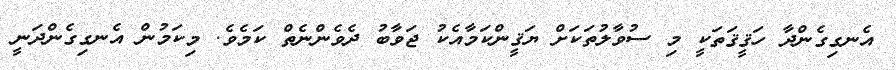
އެނގިގެންދާ ހަޤީޤަތަކީ މި ސުވާލުތަކަށް ޔަޤީންކަމާއެކު ޖަވާބު ދެވެންނެތް ކަމެވެ. މިކަމުން އެނގިގެންދަނީ